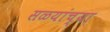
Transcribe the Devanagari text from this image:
सळयांच्या